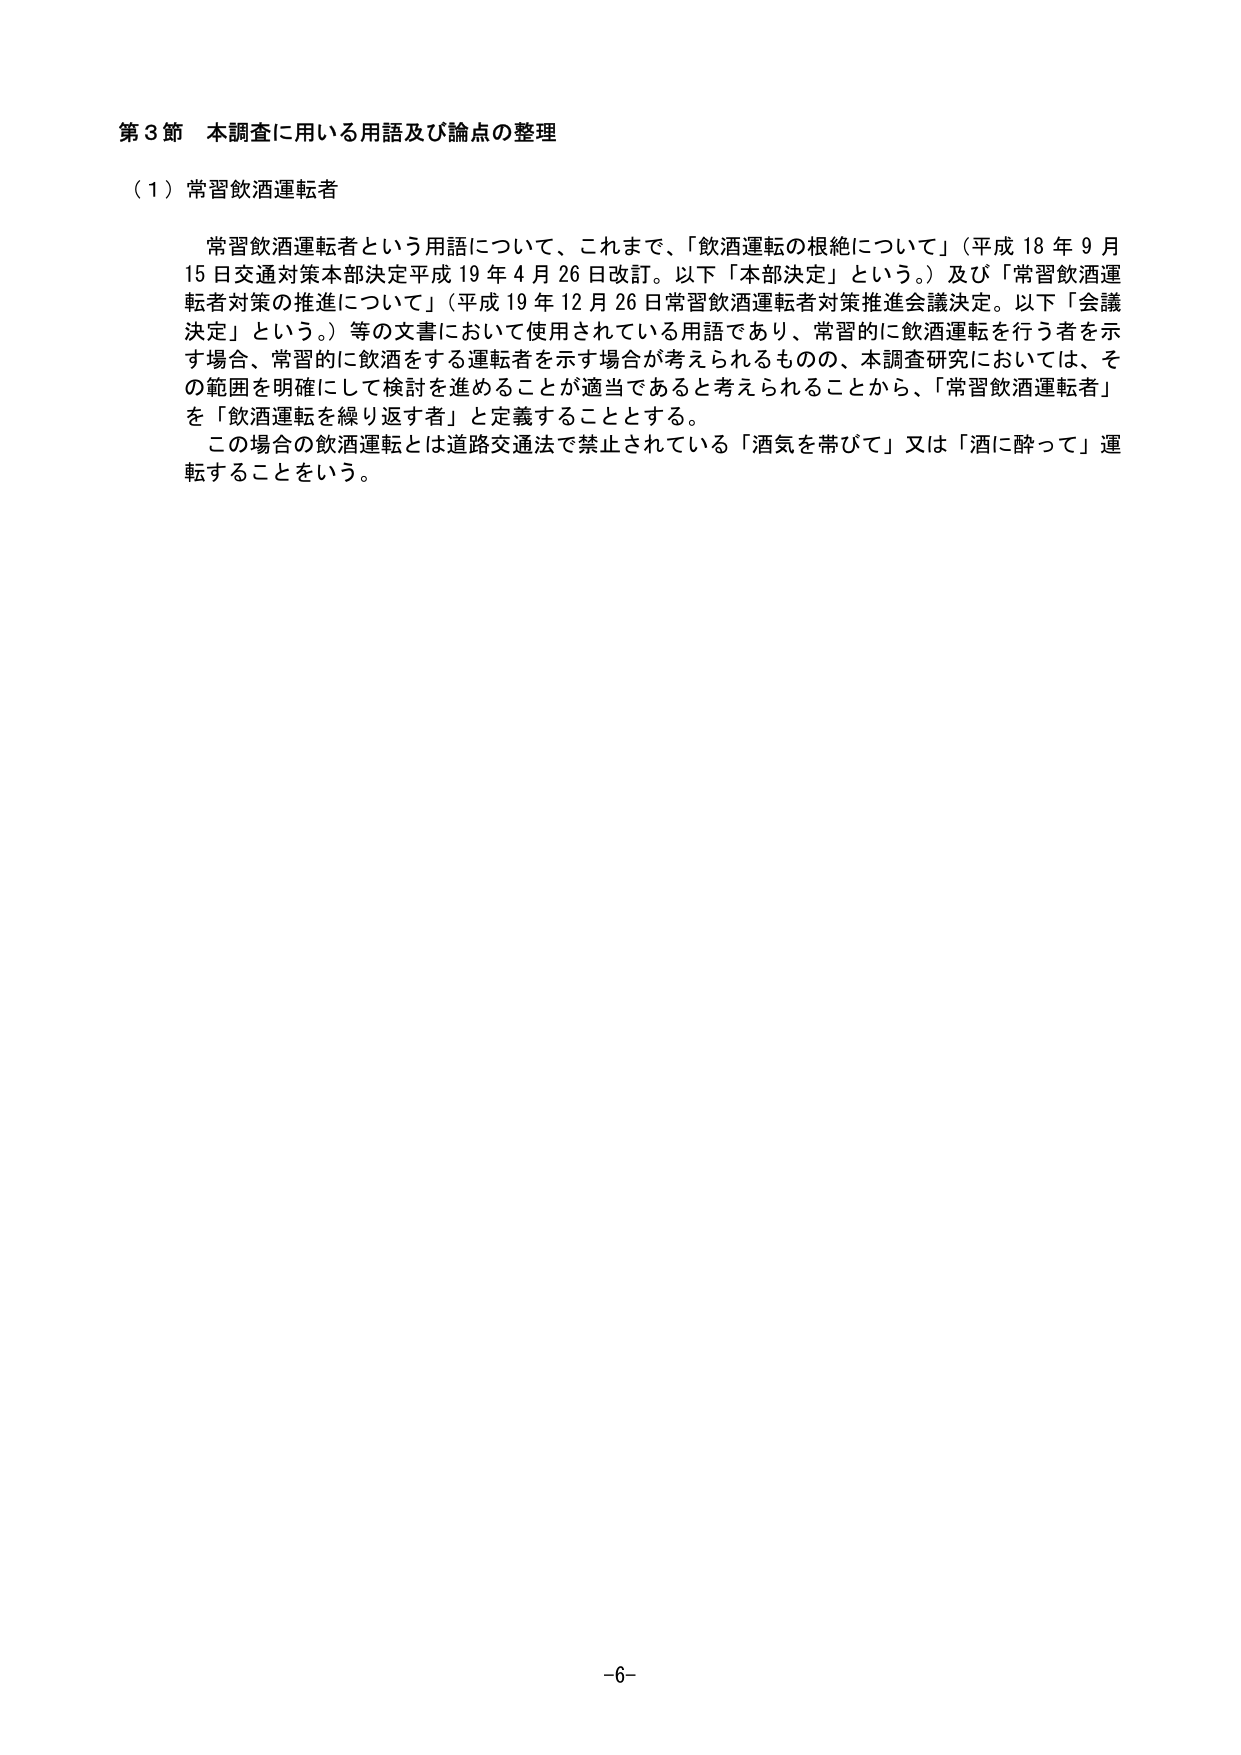
第３節 本調査に用いる用語及び論点の整理

（１）常習飲酒運転者

　常習飲酒運転者という用語について、これまで、「飲酒運転の根絶について」（平成18年9月15日交通対策本部決定 平成19年4月26日改訂。以下「本部決定」という。）及び「常習飲酒運転者対策の推進について」（平成19年12月26日常習飲酒運転者対策推進会議決定。以下「会議決定」という。）等の文書において使用されている用語であり、常習的に飲酒運転を行う者を示す場合、常習的に飲酒をする運転者を示す場合が考えられるものの、本調査研究においては、その範囲を明確にして検討を進めることが適当であると考えられることから、「常習飲酒運転者」を「飲酒運転を繰り返す者」と定義することとする。

　この場合の飲酒運転とは道路交通法で禁止されている「酒気を帯びて」又は「酒に酔って」運転することをいう。

－6－